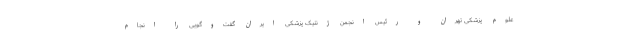
علوم پزشکی تهران و رئیس انجمن ژنتیک پزشکی ایران گفت‌وگویی را انجام